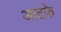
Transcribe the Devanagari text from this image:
आटके